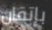
بإتقان